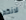
لانكم